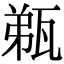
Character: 𤭌